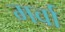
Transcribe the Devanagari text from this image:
मर्वा